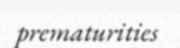
prematurities